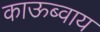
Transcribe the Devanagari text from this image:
काऊब्वाय